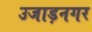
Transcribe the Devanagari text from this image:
उजाड़नगर